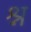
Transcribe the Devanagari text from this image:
श्न